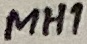
Text: MH1